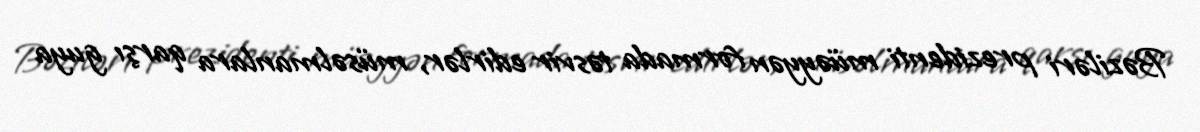
Bəziləri prezidenti müəyyən formada təsvir edirlər, müsəlmanlara qarşı guya